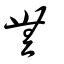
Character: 無